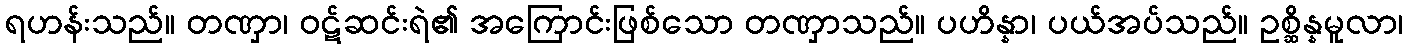
ရဟန်းသည်။ တဏှာ၊ ဝဋ်ဆင်းရဲ၏ အကြောင်းဖြစ်သော တဏှာသည်။ ပဟိန္နာ၊ ပယ်အပ်သည်။ ဥစ္ဆိန္နမူလာ၊